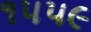
૧૫૫૯